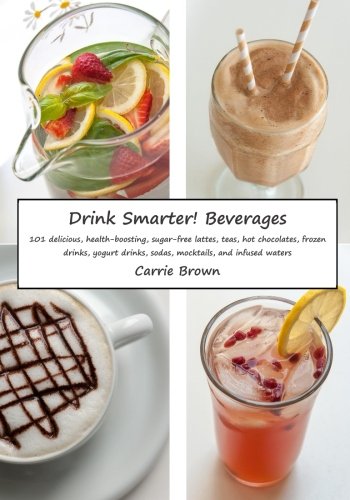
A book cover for Drink Smarter! Beverages: 101 delicious, health-boosting, sugar-free lattes, teas, hot chocolates, frozen drinks, yogurt drinks, sodas, mocktails, and infused waters; Carrie Brown; Cookbooks, Food & Wine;